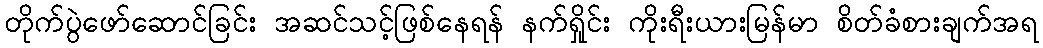
တိုက်ပွဲဖော်ဆောင်ခြင်း အဆင်သင့်ဖြစ်နေရန် နက်ရှိုင်း ကိုးရီးယားမြန်မာ စိတ်ခံစားချက်အရ